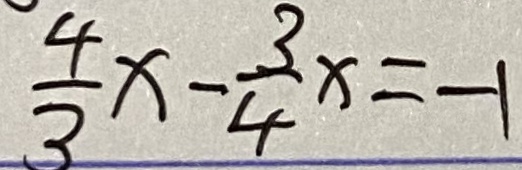
\frac { 4 } { 3 } x - \frac { 3 } { 4 } x = - 1